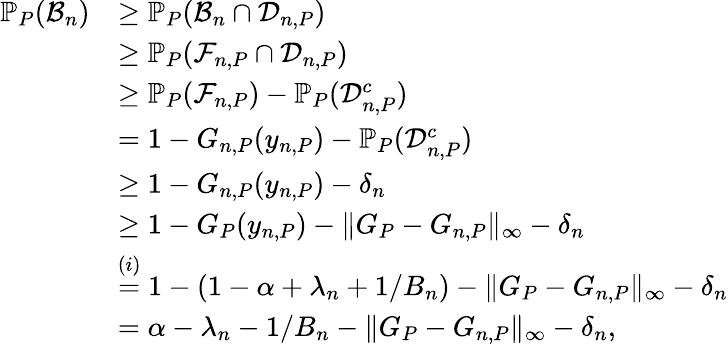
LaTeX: \begin{array}{rl}{\mathbb{P}_{P}(\mathcal{B}_{n})}&{\geq\mathbb{P}_{P}(\mathcal{B}_{n}\cap\mathcal{D}_{n,P})}\\ &{\geq\mathbb{P}_{P}(\mathcal{F}_{n,P}\cap\mathcal{D}_{n,P})}\\ &{\geq\mathbb{P}_{P}(\mathcal{F}_{n,P})-\mathbb{P}_{P}(\mathcal{D}_{n,P}^{c})}\\ &{=1-G_{n,P}(y_{n,P})-\mathbb{P}_{P}(\mathcal{D}_{n,P}^{c})}\\ &{\geq 1-G_{n,P}(y_{n,P})-\delta_{n}}\\ &{\geq 1-G_{P}(y_{n,P})-\| G_{P}-G_{n,P}\| _{\infty}-\delta_{n}}\\ &{\stackrel{(i)}{=}1-(1-\alpha+\lambda_{n}+1/B_{n})-\| G_{P}-G_{n,P}\| _{\infty}-\delta_{n}}\\ &{=\alpha-\lambda_{n}-1/B_{n}-\| G_{P}-G_{n,P}\| _{\infty}-\delta_{n},}\end{array}